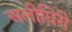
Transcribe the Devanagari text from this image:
अलीघिरी